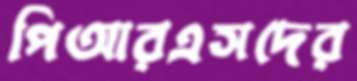
পিআরএসদের